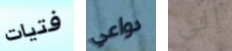
فتيات دواعي إلى